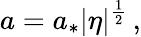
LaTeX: a=a_{*}|\eta|^{\frac{1}{2}}\, ,